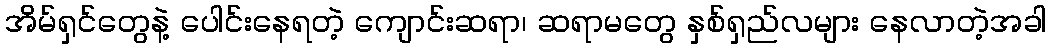
အိမ်ရှင်တွေနဲ့ ပေါင်းနေရတဲ့ ကျောင်းဆရာ၊ ဆရာမတွေ နှစ်ရှည်လများ နေလာတဲ့အခါ